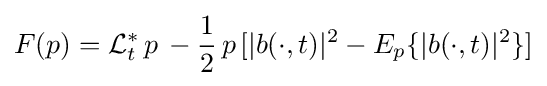
F(p)={\cal {L}}_{t}^{\ast }\,p\,-{\frac {1}{2}}\,p\,[\vert b(\cdot ,t)\vert ^{2}-E_{p}\{\vert b(\cdot ,t)\vert ^{2}\}]